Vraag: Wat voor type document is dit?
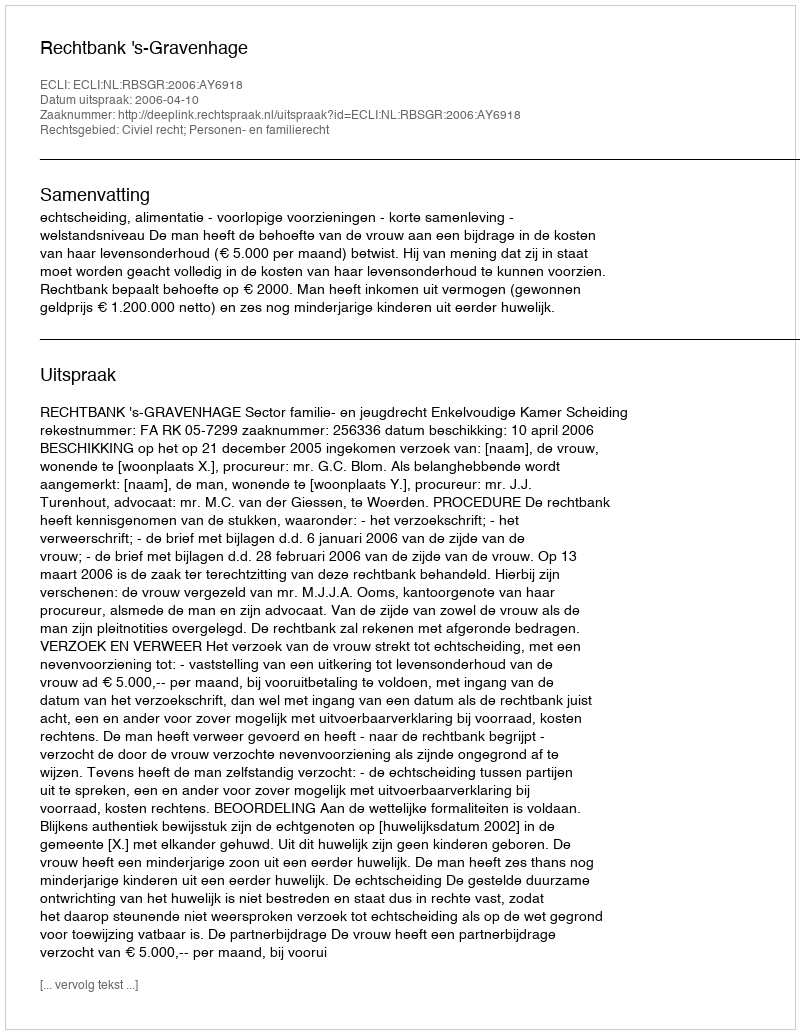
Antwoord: Uitspraak